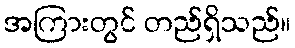
အကြားတွင် တည်ရှိသည်။